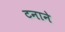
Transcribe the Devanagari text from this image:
टनाने